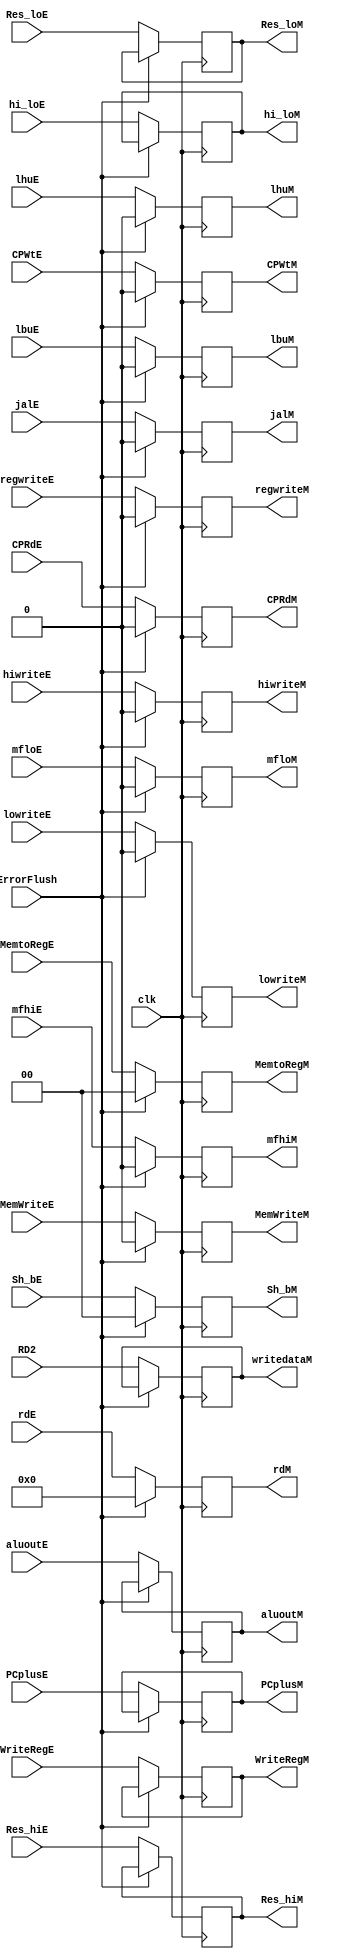
`timescale 1ns / 1ps

module EX_MEM_REG (
    input jalE,
    input regwriteE,
    input[1:0] MemtoRegE,//1:0
    input lbuE,
    input lhuE,
    input MemWriteE,
    input[1:0] Sh_bE,//1:0
    input clk,
    input lowriteE,
    input hiwriteE,
    input mfloE,
    input mfhiE,
    input[31:0] Res_hiE,
    input[31:0] Res_loE,
    input[31:0] hi_loE,

    input[31:0] aluoutE,
    input[31:0] RD2,
    input[4:0] WriteRegE,
    input[31:0] PCplusE,

    input ErrorFlush,
    input CPWtE,
    input CPRdE,
    input[4:0] rdE,
    //OUPUT
    output  jalM,
    output  regwriteM,
    output [1:0] MemtoRegM,//1:0
    output  lbuM,
    output  lhuM,
    output  MemWriteM,
    output [1:0] Sh_bM,//1:0
    output  lowriteM,
    output  hiwriteM,
    output  mfloM,
    output  mfhiM,
    output CPWtM,
    output CPRdM,
    output[4:0] rdM,

    
    output [31:0] Res_hiM,
    output [31:0] Res_loM,
    output [31:0] hi_loM,
    output [31:0] aluoutM,
    output [31:0] writedataM,
    output [4:0] WriteRegM,
    output [31:0] PCplusM
);
    reg _jalM = 0;
    reg _regwriteM = 0;
    reg[1:0] _MemtoRegM = 0;//1:0
    reg _lbuM = 0;
    reg _lhuM = 0;
    reg _MemWriteM = 0;
    reg[1:0] _Sh_bM = 0;//1:0
    reg _lowriteM = 0;
    reg _hiwriteM = 0;
    reg _mfloM = 0;
    reg _mfhiM = 0;

    reg[31:0] _Res_hiM = 0;
    reg[31:0] _Res_loM = 0;
    reg[31:0] _hi_loM = 0;
    reg[31:0] _aluoutM = 0;
    reg[31:0] _writedataM = 0;
    reg[4:0] _WriteRegM = 0;
    reg[31:0] _PCplusM  = 0;
    reg[4:0] _rdM = 0;
    reg _CPWtM = 0;
    reg _CPRdM = 0;
    initial begin
        _jalM = 0; 
        _regwriteM = 0; 
        _MemtoRegM = 0; //1:0
        _lbuM = 0; 
        _lhuM = 0;
         _MemWriteM = 0;
        _Sh_bM = 0; //1:0
        _lowriteM = 0; 
        _hiwriteM = 0;
        _mfloM = 0;
        _mfhiM = 0;

        _Res_hiM = 0;
        _Res_loM = 0;
        _hi_loM = 0;
        _aluoutM = 0;
        _writedataM = 0;

        _WriteRegM = 0;
        _PCplusM = 0;
    end
    always @(posedge clk) 
    begin
        if(~ErrorFlush)//not nop
        begin
            _jalM <= jalE; 
            _regwriteM <= regwriteE; 
            _MemtoRegM <= MemtoRegE; //1:0
            _lbuM <= lbuE; 
            _lhuM <= lhuE;
            _MemWriteM <= MemWriteE;
            _Sh_bM <= Sh_bE; //1:0
            _lowriteM <= lowriteE; 
            _hiwriteM <= hiwriteE;
            _mfloM <= mfloE;
            _mfhiM <= mfhiE;

            _Res_hiM <= Res_hiE;
            _Res_loM <= Res_loE;
            _hi_loM <= hi_loE;
            _aluoutM <= aluoutE;
            _writedataM <= RD2;

            _WriteRegM <= WriteRegE;
            _PCplusM <= PCplusE;

            _CPWtM <= CPWtE;
            _CPRdM <= CPRdE;
            _rdM <= rdE;
        end
        else
        begin//
            _jalM <= 0; 
            _regwriteM <= 0; 
            _MemtoRegM <= 0; //1:0
            _lbuM <= 0; 
            _lhuM <= 0;
            _MemWriteM <= 0;
            _Sh_bM <= 0; //1:0
            _lowriteM <= 0; 
            _hiwriteM <= 0;
            _mfloM <= 0;
            _mfhiM <= 0;

            _CPWtM <= 0;
            _CPRdM <= 0;
            _rdM <= 0;
        end
    end
    //always @(negedge clk) 
    //begin
    assign jalM  =  _jalM; 
    assign regwriteM  =  _regwriteM; 
    assign MemtoRegM  =  _MemtoRegM; //1:0
    assign lbuM  =  _lbuM; 
    assign lhuM  =  _lhuM;
    assign MemWriteM   =  _MemWriteM;
    assign Sh_bM  =  _Sh_bM; //1:0
    assign lowriteM  =  _lowriteM; 
    assign hiwriteM  =  _hiwriteM;
    assign mfloM  =  _mfloM;
    assign mfhiM  =  _mfhiM;

    assign Res_hiM  =  _Res_hiM;
    assign Res_loM  =  _Res_loM;
    assign hi_loM  =  _hi_loM;
    assign aluoutM  =  _aluoutM;
    assign writedataM  =  _writedataM;

    assign WriteRegM  =  _WriteRegM;
    assign PCplusM  =  _PCplusM;

    assign CPWtM = _CPWtM;
    assign CPRdM = _CPRdM;
    assign rdM =  _rdM;
    //end
endmodule